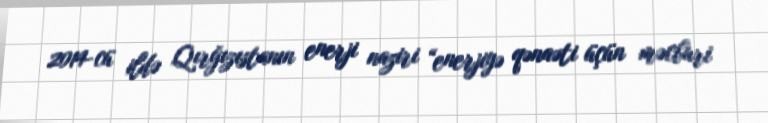
2014-cü ildə Qırğızıstanın enerji naziri “enerjiyə qənaəti üçün məcburi